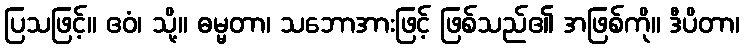
ပြသဖြင့်။ ဧဝံ၊ သို့။ ဓမ္မတာ၊ သဘောအားဖြင့် ဖြစ်သည်၏ အဖြစ်ကို။ ဒီပိတာ၊